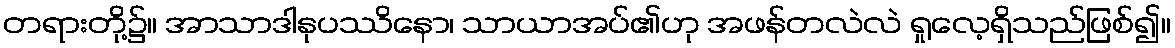
တရားတို့၌။ အာသာဒါနုပဿိနော၊ သာယာအပ်၏ဟု အဖန်တလဲလဲ ရှုလေ့ရှိသည်ဖြစ်၍။